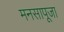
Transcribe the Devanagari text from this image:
मनसापूजा